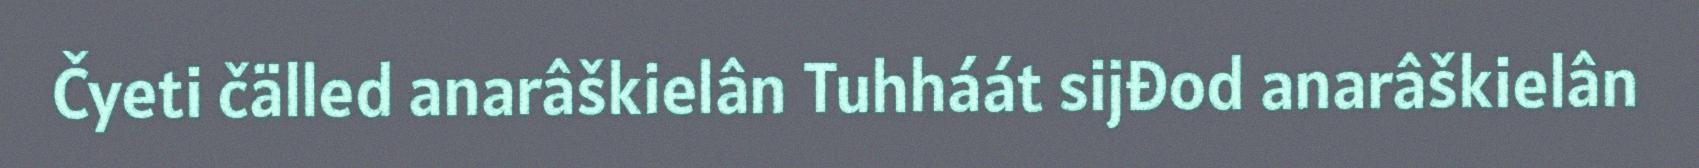
Čyeti čälled anarâškielân Tuhháát sijđod anarâškielân